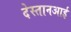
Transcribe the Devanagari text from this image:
देस्तानआई